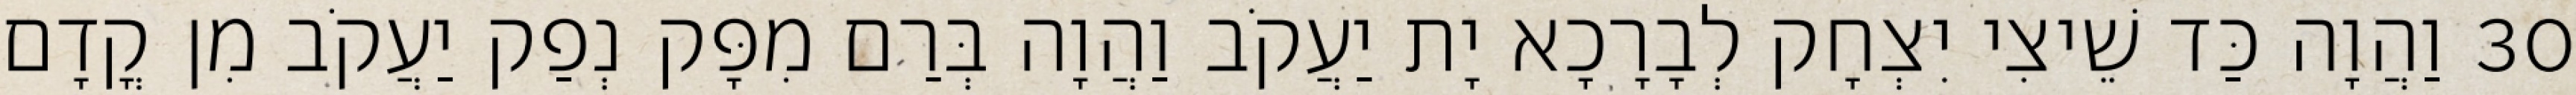
30 וַהֲוָה כַּד שֵׁיצִי יִצְחָק לְבָרָכָא יָת יַעֲקֹב וַהֲוָה בְּרַם מִפָּק נְפַק יַעֲקֹב מִן קֳדָם